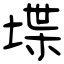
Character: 堞